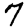
Digit: 7